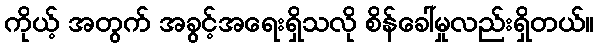
ကိုယ့် အတွက် အခွင့်အရေးရှိသလို စိန်ခေါ်မှုလည်းရှိတယ်။